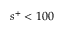
s ^ { + } < 1 0 0